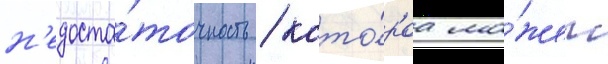
н'едоста́точность / кото́раа мо́жет